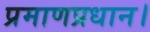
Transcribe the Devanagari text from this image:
प्रमाणप्रधान।